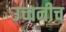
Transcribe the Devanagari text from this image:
उच्चनीच